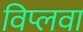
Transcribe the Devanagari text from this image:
विप्लवा